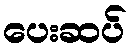
ပေးဆပ်